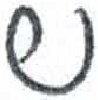
אות: ש